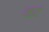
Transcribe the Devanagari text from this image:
का